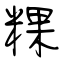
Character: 粿